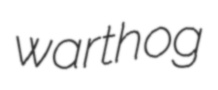
warthog